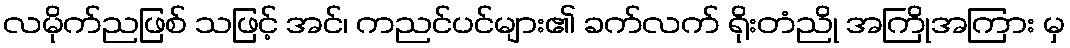
လမိုက်ညဖြစ် သဖြင့် အင်၊ ကညင်ပင်များ၏ ခက်လက် ရိုးတံညို အကြိုအကြား မှ